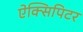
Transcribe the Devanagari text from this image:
ऐक्सिपिटर